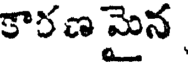
కారణ మైన